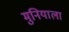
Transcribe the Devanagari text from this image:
मुनियाला